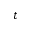
t